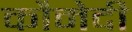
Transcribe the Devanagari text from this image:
कौमेदी